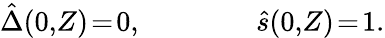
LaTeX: \hat{\Delta}(0,\! Z)\! =\! 0,\qquad\qquad\hat{s}(0,\! Z)\! =\! 1.